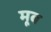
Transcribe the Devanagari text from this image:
मूब